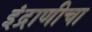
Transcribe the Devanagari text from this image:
इंद्राणीचा